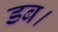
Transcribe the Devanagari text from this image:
डब।